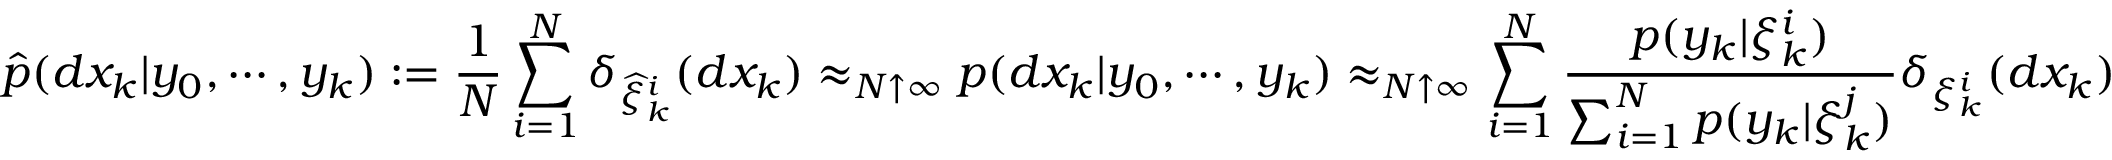
{ \widehat { p } } ( d x _ { k } | y _ { 0 } , \cdots , y _ { k } ) : = { \frac { 1 } { N } } \sum _ { i = 1 } ^ { N } \delta _ { { \widehat { \xi } } _ { k } ^ { i } } ( d x _ { k } ) \approx _ { N \uparrow \infty } p ( d x _ { k } | y _ { 0 } , \cdots , y _ { k } ) \approx _ { N \uparrow \infty } \sum _ { i = 1 } ^ { N } { \frac { p ( y _ { k } | \xi _ { k } ^ { i } ) } { \sum _ { i = 1 } ^ { N } p ( y _ { k } | \xi _ { k } ^ { j } ) } } \delta _ { \xi _ { k } ^ { i } } ( d x _ { k } )